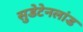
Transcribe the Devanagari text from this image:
सुडेटेनलांड